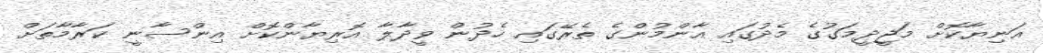
އަނިޔާކޮށް މަޖީދީމަގުގެ މެދުގައި އާންމުންގެ ތެރޭގައި ހެދުން ވީދާލާ އޮރިޔާންކޮށް އިންސާނީ ކަރާމާތަށް